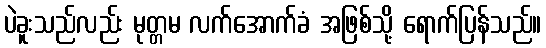
ပဲခူးသည်လည်း မုတ္တမ လက်အောက်ခံ အဖြစ်သို့ ရောက်ပြန်သည်။